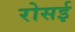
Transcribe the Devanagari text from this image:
रोसई